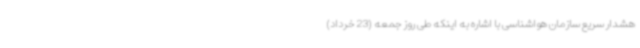
هشدار سریع سازمان هواشناسی با اشاره به اینکه طی روز جمعه (23 خرداد)